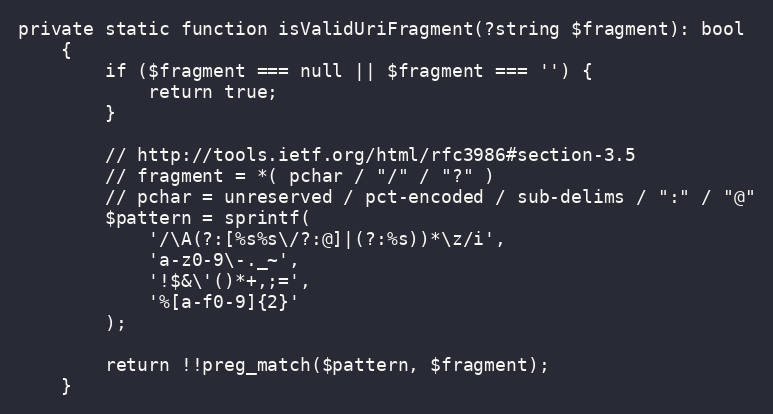
Language: PHP
private static function isValidUriFragment(?string $fragment): bool
    {
        if ($fragment === null || $fragment === '') {
            return true;
        }

        // http://tools.ietf.org/html/rfc3986#section-3.5
        // fragment = *( pchar / "/" / "?" )
        // pchar = unreserved / pct-encoded / sub-delims / ":" / "@"
        $pattern = sprintf(
            '/\A(?:[%s%s\/?:@]|(?:%s))*\z/i',
            'a-z0-9\-._~',
            '!$&\'()*+,;=',
            '%[a-f0-9]{2}'
        );

        return !!preg_match($pattern, $fragment);
    }